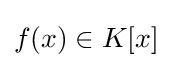
f(x)\in K[x]